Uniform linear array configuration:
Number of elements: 64
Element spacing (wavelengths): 0.25
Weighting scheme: blackman
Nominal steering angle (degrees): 60
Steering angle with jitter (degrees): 61.213
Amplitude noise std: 0.05
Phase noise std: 0.05

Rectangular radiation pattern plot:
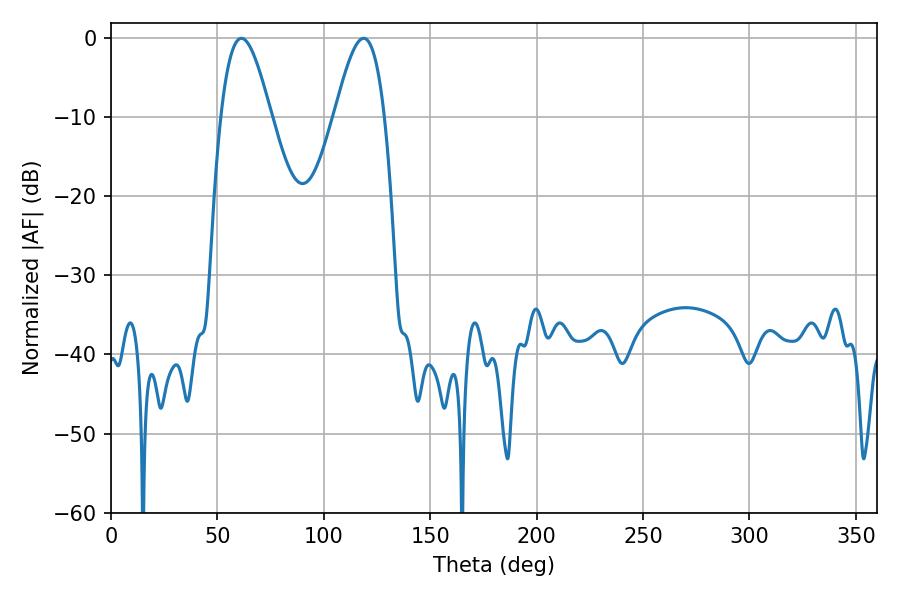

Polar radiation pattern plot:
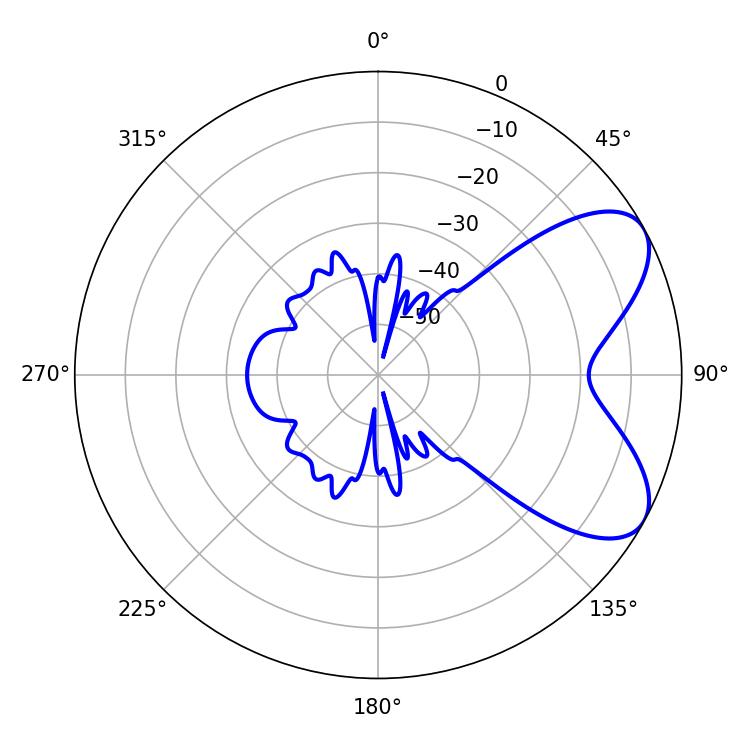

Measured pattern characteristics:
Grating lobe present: FALSE
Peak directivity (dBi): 6.629
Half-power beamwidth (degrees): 12.6
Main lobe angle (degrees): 61.2